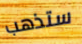
ستذهب